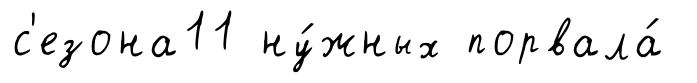
с'езона11 ну́жных порвала́